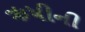
ઋષીની